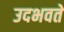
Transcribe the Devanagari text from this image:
उदभवते